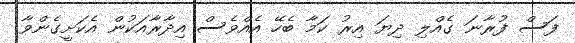
ފަސް ފުރާނަ ގެއްލި ދިޔަ އިރު ކަމާ ބެހޭ އެއްވެސް އިދާރާއަކުން އެކަށީގެންވާ